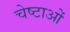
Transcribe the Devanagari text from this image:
चेष्‍टाओं